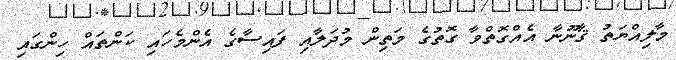
މާލިއްޔަތު ޤާނޫނާ އެއްގޮތްވާ ގޮތުގެ މަތިން މުދަލާއި ފައިސާގެ އެންމެހައި ކަންތައް ހިންގައި